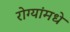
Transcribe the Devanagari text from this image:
रोग्यांमधे